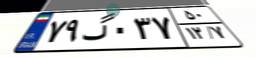
۷۹گ۰۳۷۵۰